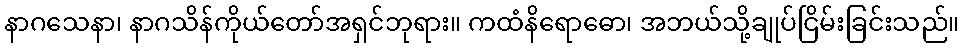
နာဂသေနာ၊ နာဂသိန်ကိုယ်တော်အရှင်ဘုရား။ ကထံနိရောဓော၊ အဘယ်သို့ချုပ်ငြိမ်းခြင်းသည်။